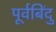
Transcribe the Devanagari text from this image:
पूर्वबिंदु